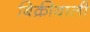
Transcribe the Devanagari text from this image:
बिक्रीवाली